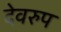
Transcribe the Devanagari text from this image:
देवरुप